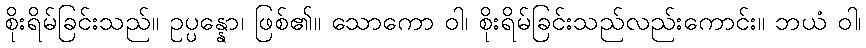
စိုးရိမ်ခြင်းသည်။ ဥပ္ပန္နော၊ ဖြစ်၏။ သောကော ဝါ၊ စိုးရိမ်ခြင်းသည်လည်းကောင်း။ ဘယံ ဝါ၊